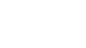
တည်တံ့